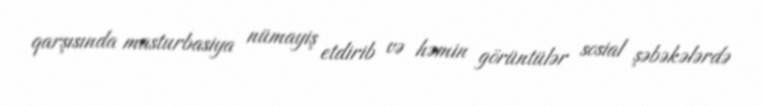
qarşısında masturbasiya nümayiş etdirib və həmin görüntülər sosial şəbəkələrdə